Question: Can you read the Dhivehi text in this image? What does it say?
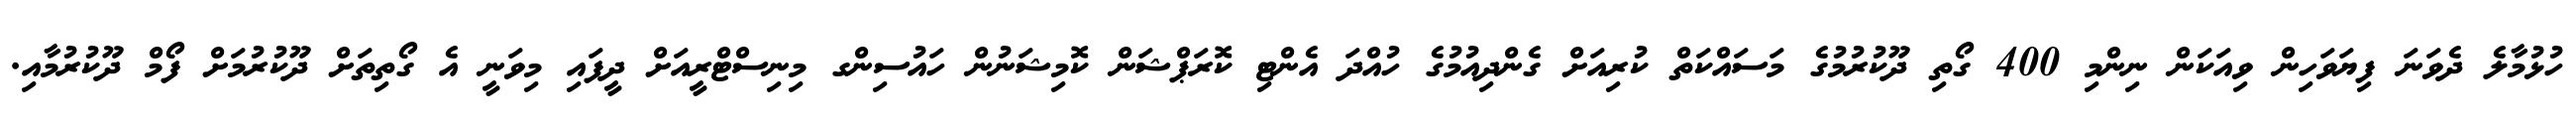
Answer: ހުޅުމާލެ ދެވަނަ ފިޔަވަހިން ވިއަކަން ނިންމި 400 ގޯތި ދޫކުރުމުގެ މަސައްކަތް ކުރިއަށް ގެންދިއުމުގެ ހުއްދަ އެންޓި ކޮރަޕްޝަން ކޮމިޝަނުން ހައުސިންގ މިނިސްޓްރީއަށް ދީފައި މިވަނީ އެ ގޯތިތަށް ދޫކުރުމަށް ފޯމް ދޫކުރުމާއި.